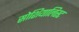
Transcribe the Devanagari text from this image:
सोशियालिस्ट